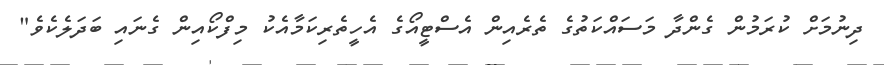
ދިނުމަށް ކުރަމުން ގެންދާ މަސައްކަތުގެ ތެރެއިން އެސްޓީއޯގެ އެހީތެރިކަމާއެކު މިފްކޯއިން ގެނައި ބަދަލެކެވެ"